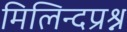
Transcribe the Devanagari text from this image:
मिलिन्दप्रश्न